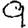
Digit: 9